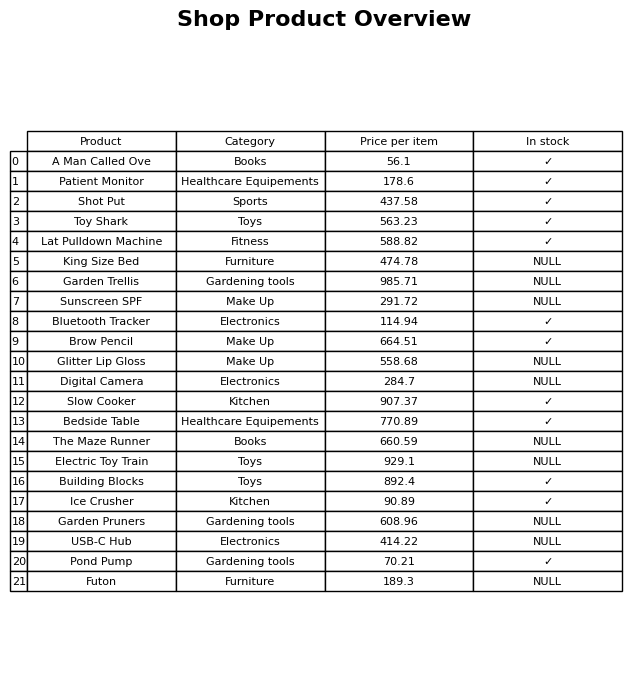
question: Is the Garden Pruners in stock?
answer: NULL